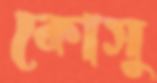
কোসু